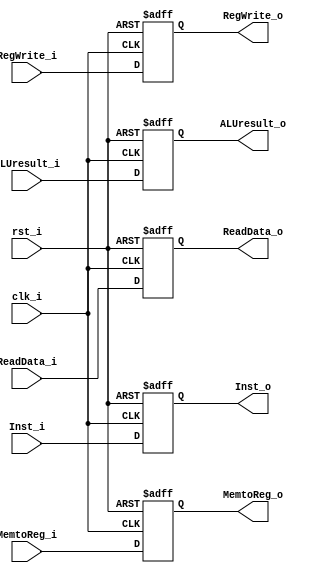
module MEMWB (
    input RegWrite_i,
    input MemtoReg_i,

    input [31:0] ALUresult_i,
    input [31:0] ReadData_i,
    input [31:0] Inst_i,

    output RegWrite_o,
    output MemtoReg_o,

    output [31:0] ALUresult_o,
    output [31:0] ReadData_o,
    output [31:0] Inst_o,

    input rst_i,
    input clk_i
);

reg RegWrite_s;
reg MemtoReg_s;

reg [31:0] ALUresult_s;
reg [31:0] ReadData_s;
reg [31:0] Inst_s;

always@(posedge clk_i or negedge rst_i) begin
    if(~rst_i) begin
        RegWrite_s <= 1'b0;
        MemtoReg_s <= 1'b0;
        
        ALUresult_s <= 32'b0;
        ReadData_s <= 32'b0;
        Inst_s <= 32'b0;
    end else begin
        RegWrite_s <= RegWrite_i;
        MemtoReg_s <= MemtoReg_i;
        
        ALUresult_s <= ALUresult_i;
        ReadData_s <= ReadData_i;
        Inst_s <= Inst_i;
    end
end

assign RegWrite_o = RegWrite_s;
assign MemtoReg_o = MemtoReg_s;

assign ALUresult_o = ALUresult_s;
assign ReadData_o = ReadData_s;
assign Inst_o = Inst_s;

endmodule